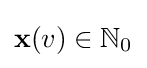
\mathbf {x} (v)\in \mathbb {N} _{0}